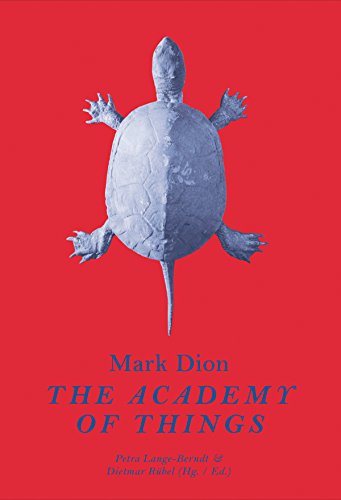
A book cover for Mark Dion: The Academy of Things; Arts & Photography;